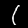
Label: 1